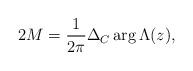
LaTeX: \begin{align*}2M=\frac{1}{2\pi}\Delta_C\mathop{\mathrm{arg}}\Lambda(z),\end{align*}